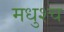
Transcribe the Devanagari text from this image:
मधुश्च